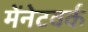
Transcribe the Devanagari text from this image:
मेंनेटवर्क